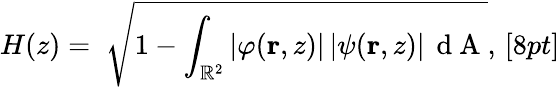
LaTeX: H(z)=\; \sqrt{1-\int_{\mathbb{R}^{2}}\left|\varphi({\mathbf r},z)\right|\left|\psi({\mathbf r},z)\right|\, \mathrm{~d~A~}},\, [8pt]